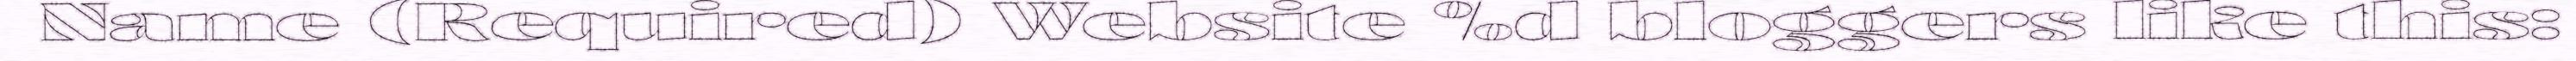
Name (Required) Website %d bloggers like this: